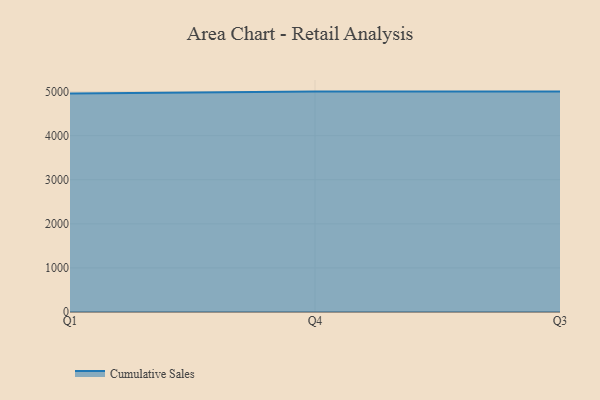
{"axis": {"x": "Quarter", "y": "Website Visitors"}, "legend": ["Cumulative Sales"], "data": [{"x": "Q1", "y": 4954.6, "type": "Cumulative Sales"}, {"x": "Q4", "y": 5000, "type": "Cumulative Sales"}, {"x": "Q3", "y": 5000, "type": "Cumulative Sales"}]}